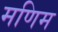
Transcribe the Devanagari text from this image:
मणिम